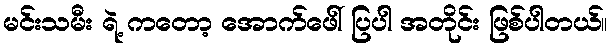
မင်းသမီး ရဲ့ ကတော့ အောက်ဖေါ် ပြပါ အတိုင်း ဖြစ်ပါတယ်။